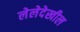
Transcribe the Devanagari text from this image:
लेलेदेखील